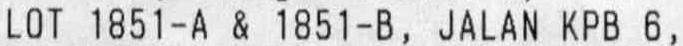
LOT 1851-A & 1851-B, JALAN KPB 6,